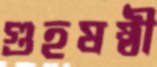
গুহষষ্ঠী